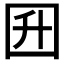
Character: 𡆼